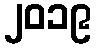
၂၀၁၉